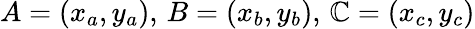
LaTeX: A=(x_{a},y_{a}),\, B=(x_{b},y_{b}),\, \mathbb{C}=(x_{c},y_{c})